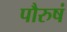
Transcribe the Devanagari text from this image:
पौरुषं